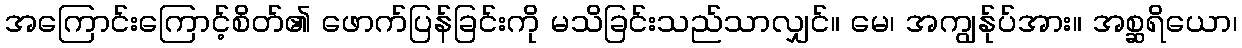
အကြောင်းကြောင့်စိတ်၏ ဖောက်ပြန်ခြင်းကို မသိခြင်းသည်သာလျှင်။ မေ၊ အကျွန်ုပ်အား။ အစ္ဆရိယော၊